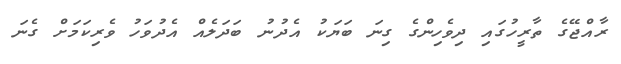
ރާއްޖޭގެ ތާރީހުގައި ދިވެހިންގެ ގިނަ ބަޔަކު އެދުނު ބަދަލެއް އެދުވަހު ވެރިކަމަށް ގެނަ